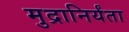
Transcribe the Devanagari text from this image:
मुद्रानिर्यंता